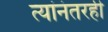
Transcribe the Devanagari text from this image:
त्यांनंतरही